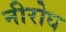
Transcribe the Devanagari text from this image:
नीरोध